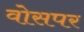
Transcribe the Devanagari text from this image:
वोसपर